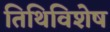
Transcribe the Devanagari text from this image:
तिथिविशेष